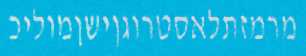
מרמזתלאסטרוגןישןמוליכ